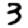
Digit: 3